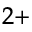
^ { 2 + }